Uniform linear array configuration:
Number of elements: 48
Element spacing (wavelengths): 0.25
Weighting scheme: kaiser
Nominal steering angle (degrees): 0
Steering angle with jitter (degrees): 1.189
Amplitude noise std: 0.05
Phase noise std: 0.05

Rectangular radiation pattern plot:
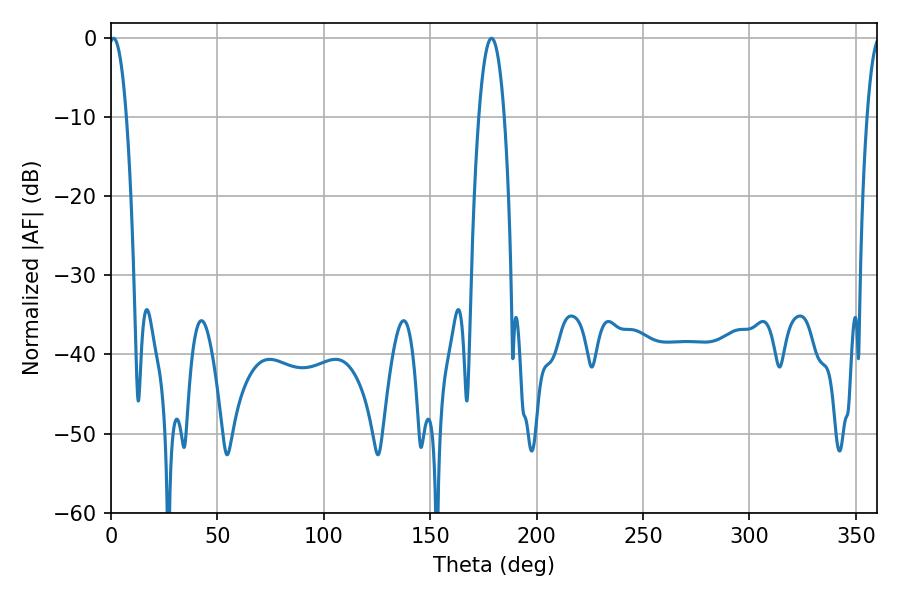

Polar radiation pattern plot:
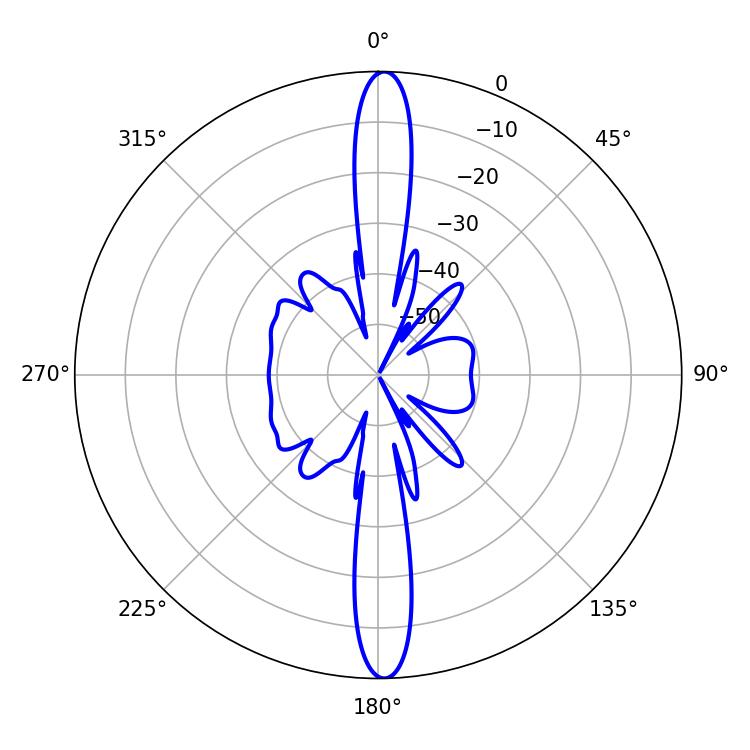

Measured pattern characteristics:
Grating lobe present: FALSE
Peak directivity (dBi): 25.956
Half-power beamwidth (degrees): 4.5
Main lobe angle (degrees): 1.26